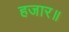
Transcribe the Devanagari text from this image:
हजार॥